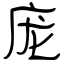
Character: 庞